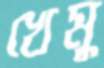
খেমু